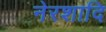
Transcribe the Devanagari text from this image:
नेरशादि